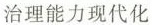
治理能力现代化